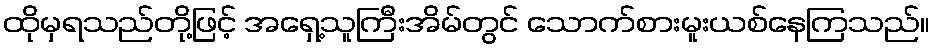
ထိုမှရသည်တို့ဖြင့် အရှေ့သူကြီးအိမ်တွင် သောက်စားမူးယစ်နေကြသည်။